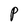
Character: P